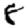
Digit: 8